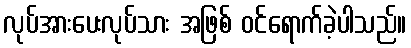
လုပ်အားပေးလုပ်သား အဖြစ် ဝင်ရောက်ခဲ့ပါသည်။